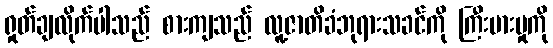
ရှုတ်ချလိုက်ပါသည် စားကျသည် လူ့ဇာတိခံဘုရားသခင်ကို ကြီးမားမှုကို